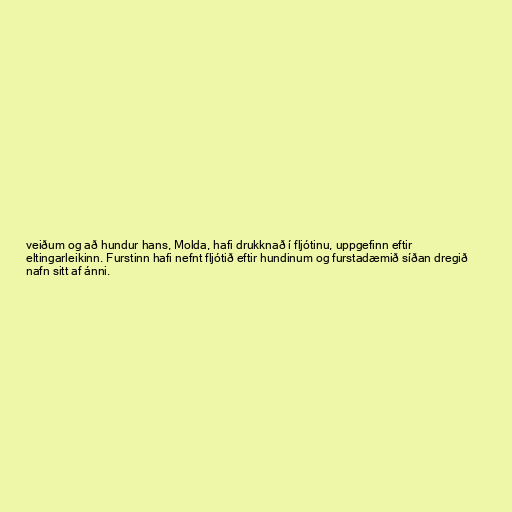
veiðum og að hundur hans, Molda, hafi drukknað í fljótinu, uppgefinn eftir
eltingarleikinn. Furstinn hafi nefnt fljótið eftir hundinum og furstadæmið síðan dregið
nafn sitt af ánni.